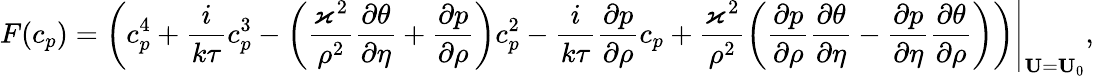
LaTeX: F(c_{p})=\left.\left(c_{p}^{4}+\frac{i}{k\tau}c_{p}^{3}-\left(\frac{\varkappa^{2}}{\rho^{2}}\frac{\partial\theta}{\partial\eta}+\frac{\partial p}{\partial\rho}\right)c_{p}^{2}-\frac{i}{k\tau}\frac{\partial p}{\partial\rho}c_{p}+\frac{\varkappa^{2}}{\rho^{2}}\left(\frac{\partial p}{\partial\rho}\frac{\partial\theta}{\partial\eta}-\frac{\partial p}{\partial\eta}\frac{\partial\theta}{\partial\rho}\right)\right)\right\vert_{\mathbf{U}=\mathbf{U}_{0}},